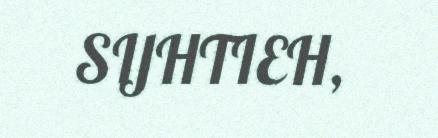
SIJHTIEH,